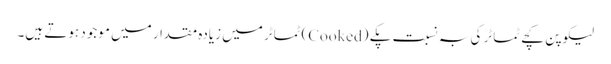
لیکوپن کچے ٹماٹر کی بہ نسبت پکے (Cooked) ٹماٹر میں زیادہ مقدار میں موجود ہوتے ہیں۔